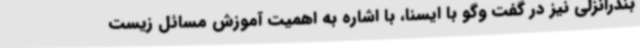
بندرانزلی نیز در گفت وگو با ایسنا، با اشاره به اهمیت آموزش مسائل زیست